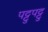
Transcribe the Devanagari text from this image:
पट्टुपट्टु